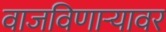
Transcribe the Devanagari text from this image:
वाजविणार्‍यावर